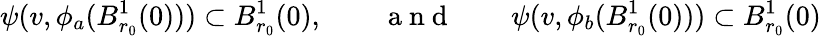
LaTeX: \psi(v,\phi_{a}(B_{r_{0}}^{1}(0)))\subset B_{r_{0}}^{1}(0),\qquad\mathrm{~a~n~d~}\qquad\psi(v,\phi_{b}(B_{r_{0}}^{1}(0)))\subset B_{r_{0}}^{1}(0)